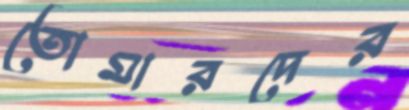
তোমারদের